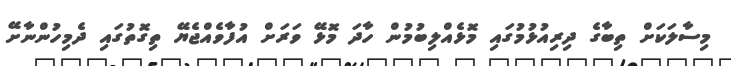
މިސާލަކަށް ތިބާގެ ދިރިއުޅުމުގައި މޮޅެއްލިބުމުން ހާދަ މޮޅޭ ވަރަށް އުފާވެއްޖެޔޭ ތިގޮތުގައި ދެމިހުންނާށޭ